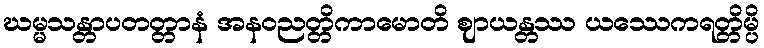
ဃမ္မသန္တာပတတ္တာနံ အနဝညတ္တိကာမောတိ ဈာယန္တဿ ယဿေကရတ္တိမ္ပိ